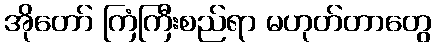
အိုတော် ကြံကြီးစည်ရာ မဟုတ်တာတွေ